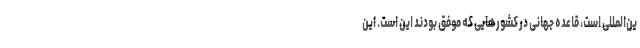
ین‌المللی است، قاعده جهانی در کشورهایی که موفق بودند این است. این